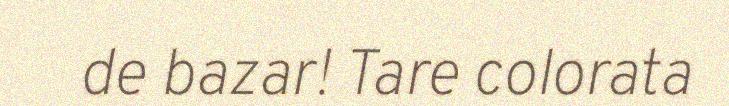
de bazar! Tare colorata